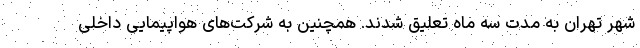
شهر تهران به مدت سه ماه تعلیق شدند. همچنین به شرکت‌های هواپیمایی داخلی